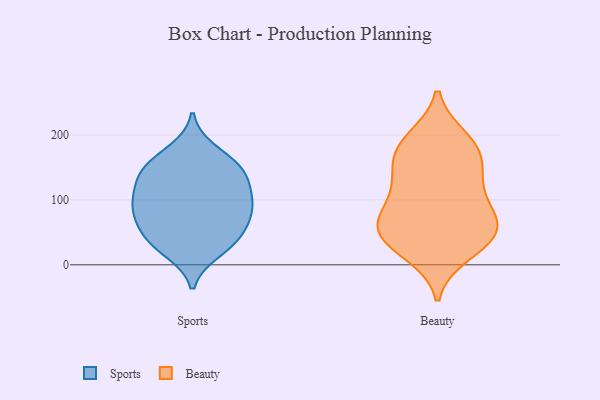
{"axis": {"x": "LTV (USD)", "y": "Value"}, "legend": ["Beauty", "Sports"], "data": [{"x": "", "y": 176, "type": "Sports"}, {"x": "", "y": 90, "type": "Sports"}, {"x": "", "y": 141, "type": "Sports"}, {"x": "", "y": 58, "type": "Sports"}, {"x": "", "y": 69, "type": "Sports"}, {"x": "", "y": 91, "type": "Sports"}, {"x": "", "y": 21, "type": "Sports"}, {"x": "", "y": 48, "type": "Sports"}, {"x": "", "y": 112, "type": "Sports"}, {"x": "", "y": 149, "type": "Sports"}, {"x": "", "y": 91, "type": "Sports"}, {"x": "", "y": 37, "type": "Sports"}, {"x": "", "y": 29, "type": "Sports"}, {"x": "", "y": 159, "type": "Sports"}, {"x": "", "y": 130, "type": "Sports"}, {"x": "", "y": 94, "type": "Sports"}, {"x": "", "y": 140, "type": "Sports"}, {"x": "", "y": 131, "type": "Beauty"}, {"x": "", "y": 61, "type": "Beauty"}, {"x": "", "y": 196, "type": "Beauty"}, {"x": "", "y": 175, "type": "Beauty"}, {"x": "", "y": 113, "type": "Beauty"}, {"x": "", "y": 176, "type": "Beauty"}, {"x": "", "y": 161, "type": "Beauty"}, {"x": "", "y": 149, "type": "Beauty"}, {"x": "", "y": 74, "type": "Beauty"}, {"x": "", "y": 196, "type": "Beauty"}, {"x": "", "y": 40, "type": "Beauty"}, {"x": "", "y": 81, "type": "Beauty"}, {"x": "", "y": 74, "type": "Beauty"}, {"x": "", "y": 45, "type": "Beauty"}, {"x": "", "y": 49, "type": "Beauty"}, {"x": "", "y": 52, "type": "Beauty"}, {"x": "", "y": 16, "type": "Beauty"}, {"x": "", "y": 21, "type": "Beauty"}, {"x": "", "y": 117, "type": "Beauty"}]}